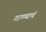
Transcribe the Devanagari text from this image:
गाण्याचं